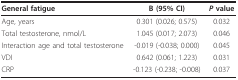
| General fatigue | B (95% CI) | P value |
 | --- | --- | --- |
 | Age, years | 0.301 (0.026; 0.575) | 0.032 |
 | Total testosterone, nmol/L | 1.045 (0.017; 2.073) | 0.046 |
 | Interaction age and total testosterone | -0.019 (-0.038; 0.000) | 0.045 |
 | VDI | 0.642 (0.061; 1.223) | 0.031 |
 | CRP | -0.123 (-0.238; -0.008) | 0.037 |